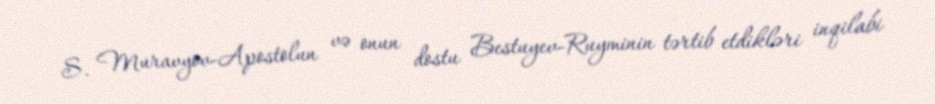
S. Muravyov-Apostolun və onun dostu Bestuyev-Ruyminin tərtib etdikləri inqilabi